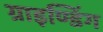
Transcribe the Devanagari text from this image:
ग्राइण्डिंग